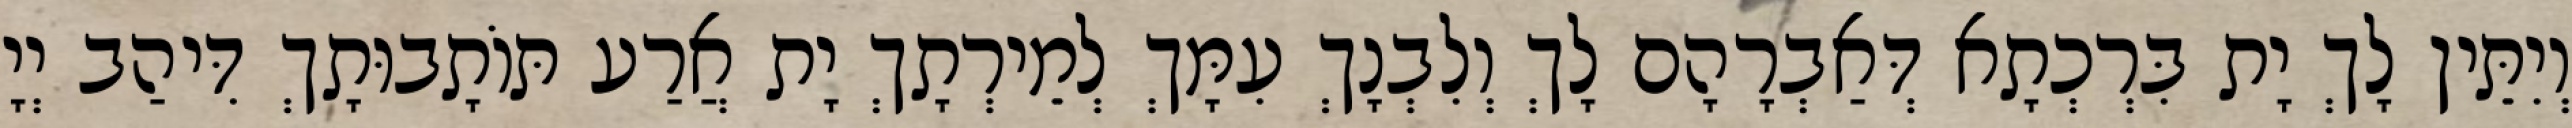
וְיִתֵּין לָךְ יָת בִּרְכְתָא דְּאַבְרָהָם לָךְ וְלִבְנָךְ עִמָּךְ לְמֵירְתָךְ יָת אֲרַע תּוֹתָבוּתָךְ דִּיהַב יְיָ